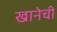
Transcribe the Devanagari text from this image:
खानेची